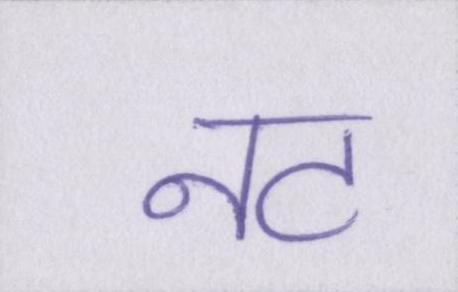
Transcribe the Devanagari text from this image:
नट